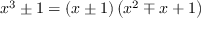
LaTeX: x ^ { 3 } \pm 1 = ( x \pm 1 ) \left( x ^ { 2 } \mp x + 1 \right)